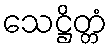
သေဋ္ဌိတ္တံ